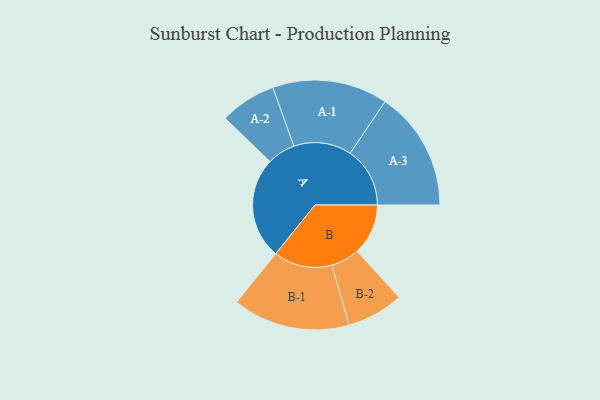
{"axis": {"x": "Segment", "y": "Value"}, "legend": ["", "A", "B"], "data": [{"x": "A", "y": 427, "type": ""}, {"x": "B", "y": 214, "type": ""}, {"x": "A-1", "y": 242, "type": "A"}, {"x": "A-2", "y": 118, "type": "A"}, {"x": "A-3", "y": 251, "type": "A"}, {"x": "B-1", "y": 246, "type": "B"}, {"x": "B-2", "y": 119, "type": "B"}]}